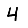
Digit: 4